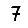
Digit: 7